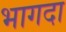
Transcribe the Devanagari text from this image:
भागदा